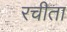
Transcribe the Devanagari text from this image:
रचीता